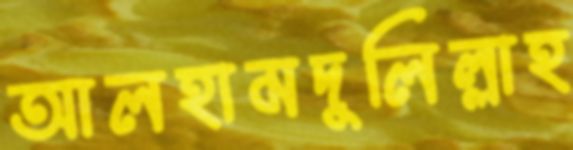
আলহামদুলিল্লাহ